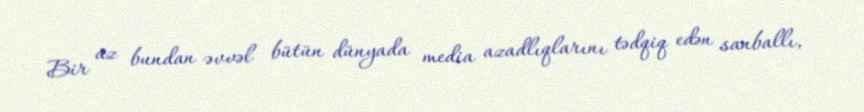
Bir az bundan əvvəl bütün dünyada media azadlıqlarını tədqiq edən sanballı,